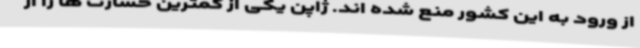
از ورود به این کشور منع شده اند. ژاپن یکی از کمترین خسارت ها را از